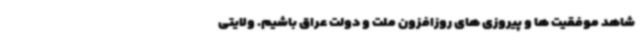
شاهد موفقیت ها و پیروزی های روزافزون ملت و دولت عراق باشیم. ولایتی